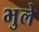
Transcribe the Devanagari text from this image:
भुले